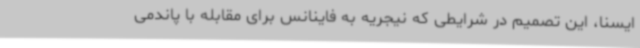
ایسنا، این تصمیم در شرایطی که نیجریه به فاینانس برای مقابله با پاندمی